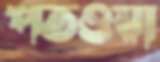
পতওয়া